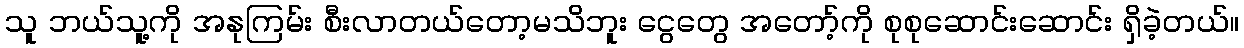
သူ ဘယ်သူ့ကို အနုကြမ်း စီးလာတယ်တော့မသိဘူး ငွေတွေ အတော့်ကို စုစုဆောင်းဆောင်း ရှိခဲ့တယ်။